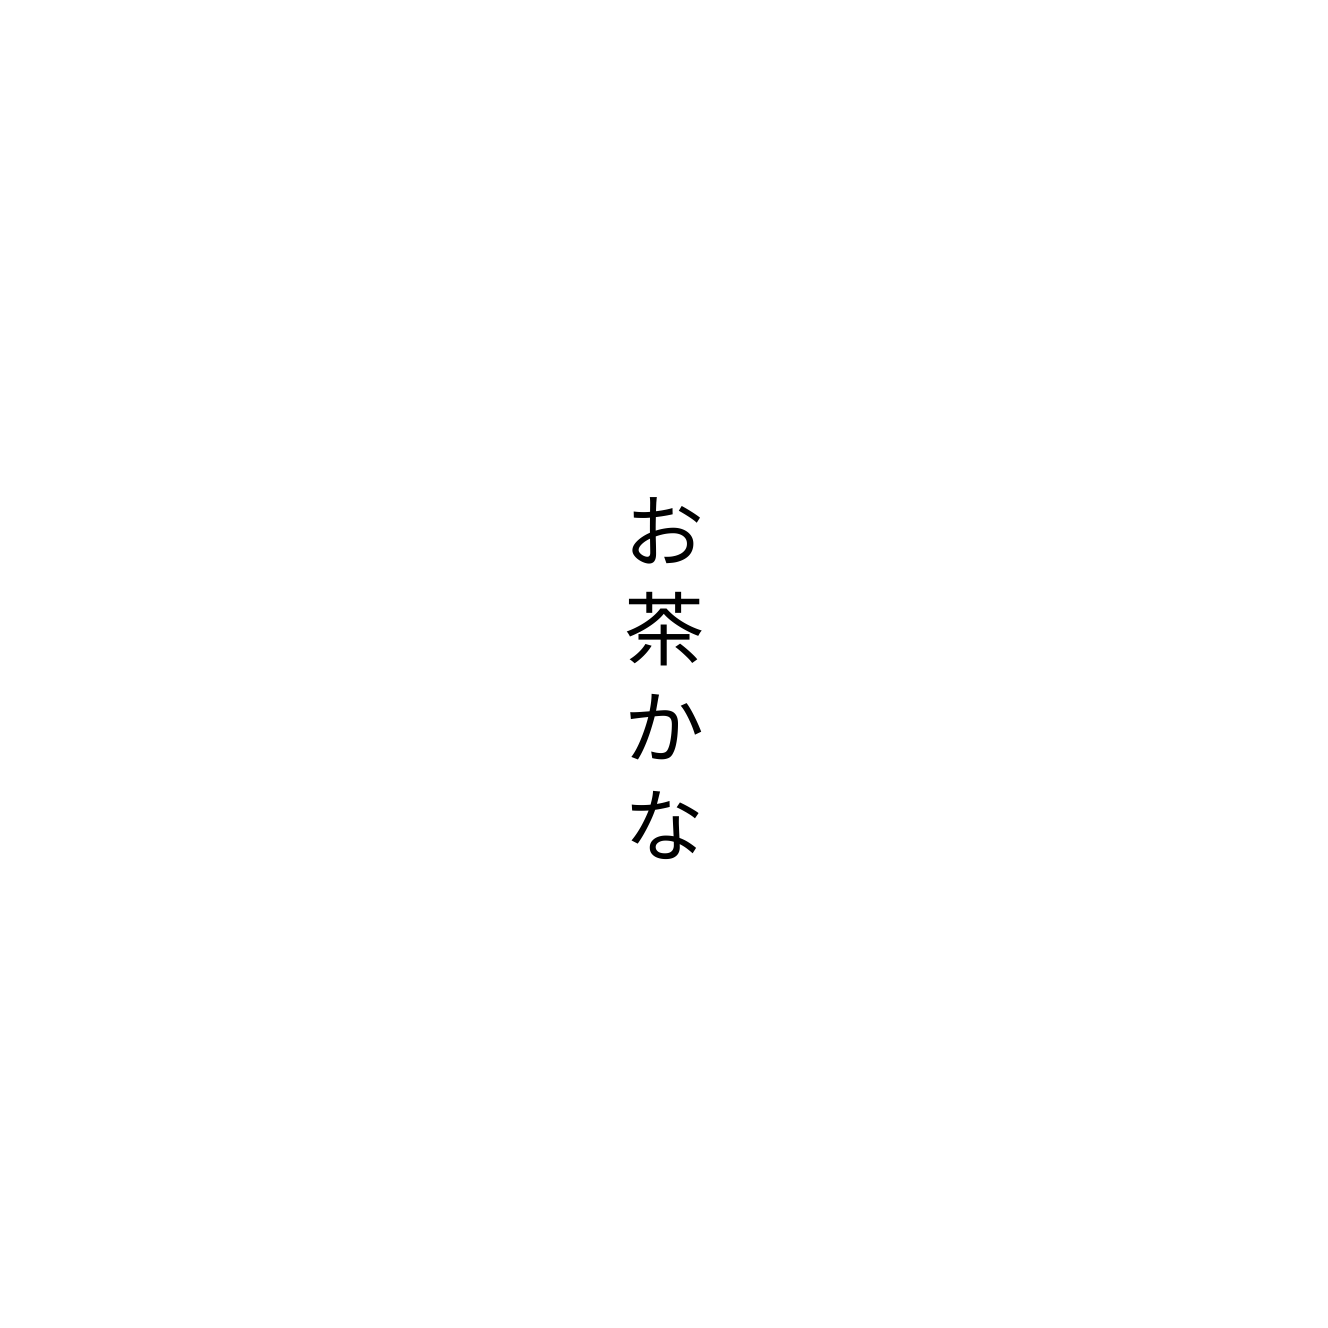
お茶かな